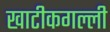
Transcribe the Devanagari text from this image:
खाटीकगल्ली